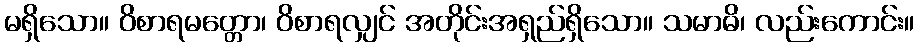
မရှိသော။ ဝိစာရမတ္တော၊ ဝိစာရလျှင် အတိုင်းအရှည်ရှိသော။ သမာဓိ၊ လည်းကောင်း။